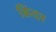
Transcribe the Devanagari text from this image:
क्रिंदर